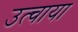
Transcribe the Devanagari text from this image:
उत्चाया